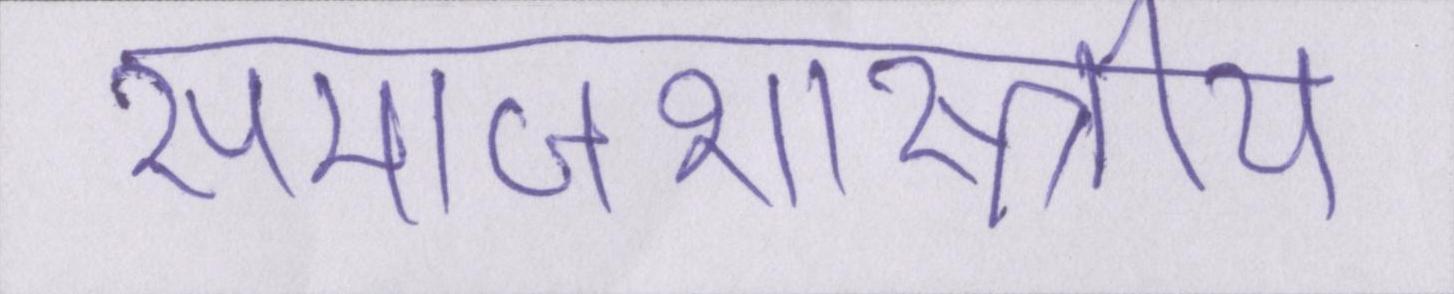
समाजशास्त्राीय